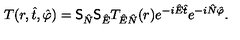
T ( r , \hat { t } , \hat { \varphi } ) = \mathrm { \large \sf S } _ { \hat { N } } \mathrm { \large \sf S } _ { \hat { E } } T _ { \hat { E } \hat { N } } ( r ) e ^ { - i \hat { E } \hat { t } } e ^ { - i \hat { N } \hat { \varphi } } .